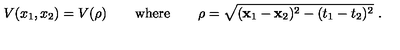
V ( x _ { 1 } , x _ { 2 } ) = V ( \rho ) \qquad \mathrm { w h e r e } \qquad \rho = \sqrt { ( { \bf x } _ { 1 } - { \bf x } _ { 2 } ) ^ { 2 } - ( t _ { 1 } - t _ { 2 } ) ^ { 2 } } \ .